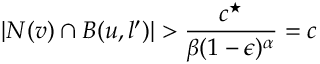
| N ( v ) \cap B ( u , l ^ { \prime } ) | > \frac { c ^ { \star } } { \beta ( 1 - \epsilon ) ^ { \alpha } } = c